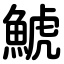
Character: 鯱